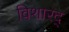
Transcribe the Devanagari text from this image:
विशारद्